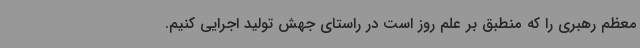
معظم رهبری را که منطبق بر علم روز است در راستای جهش تولید اجرایی کنیم.